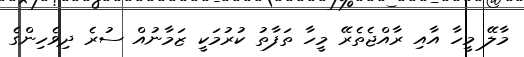
މާލޭ މީހާ އާއި ރާއްޖެތެރޭ މީހާ ތަފާތު ކުރުމަކީ ޒަމާނުއް ސުރެ ދިވެހިންގެ